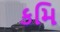
કમિ